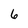
Character: 6